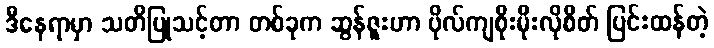
ဒီနေရာမှာ သတိပြုသင့်တာ တစ်ခုက ဆွန်ဇူးဟာ ဗိုလ်ကျစိုးမိုးလိုစိတ် ပြင်းထန်တဲ့